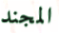
المجند